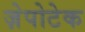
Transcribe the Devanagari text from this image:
ज़ेपोटेक